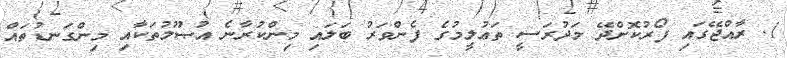
1. ރާއްޖޭގައި ފޯރުކޮށްދޭ މަދުރަސީ ތަޢުލީމުގެ ފެންވަރު ބަލައި މިންކުރާނެ އުޞޫލުތަކާއި މިންގަނޑުތައް